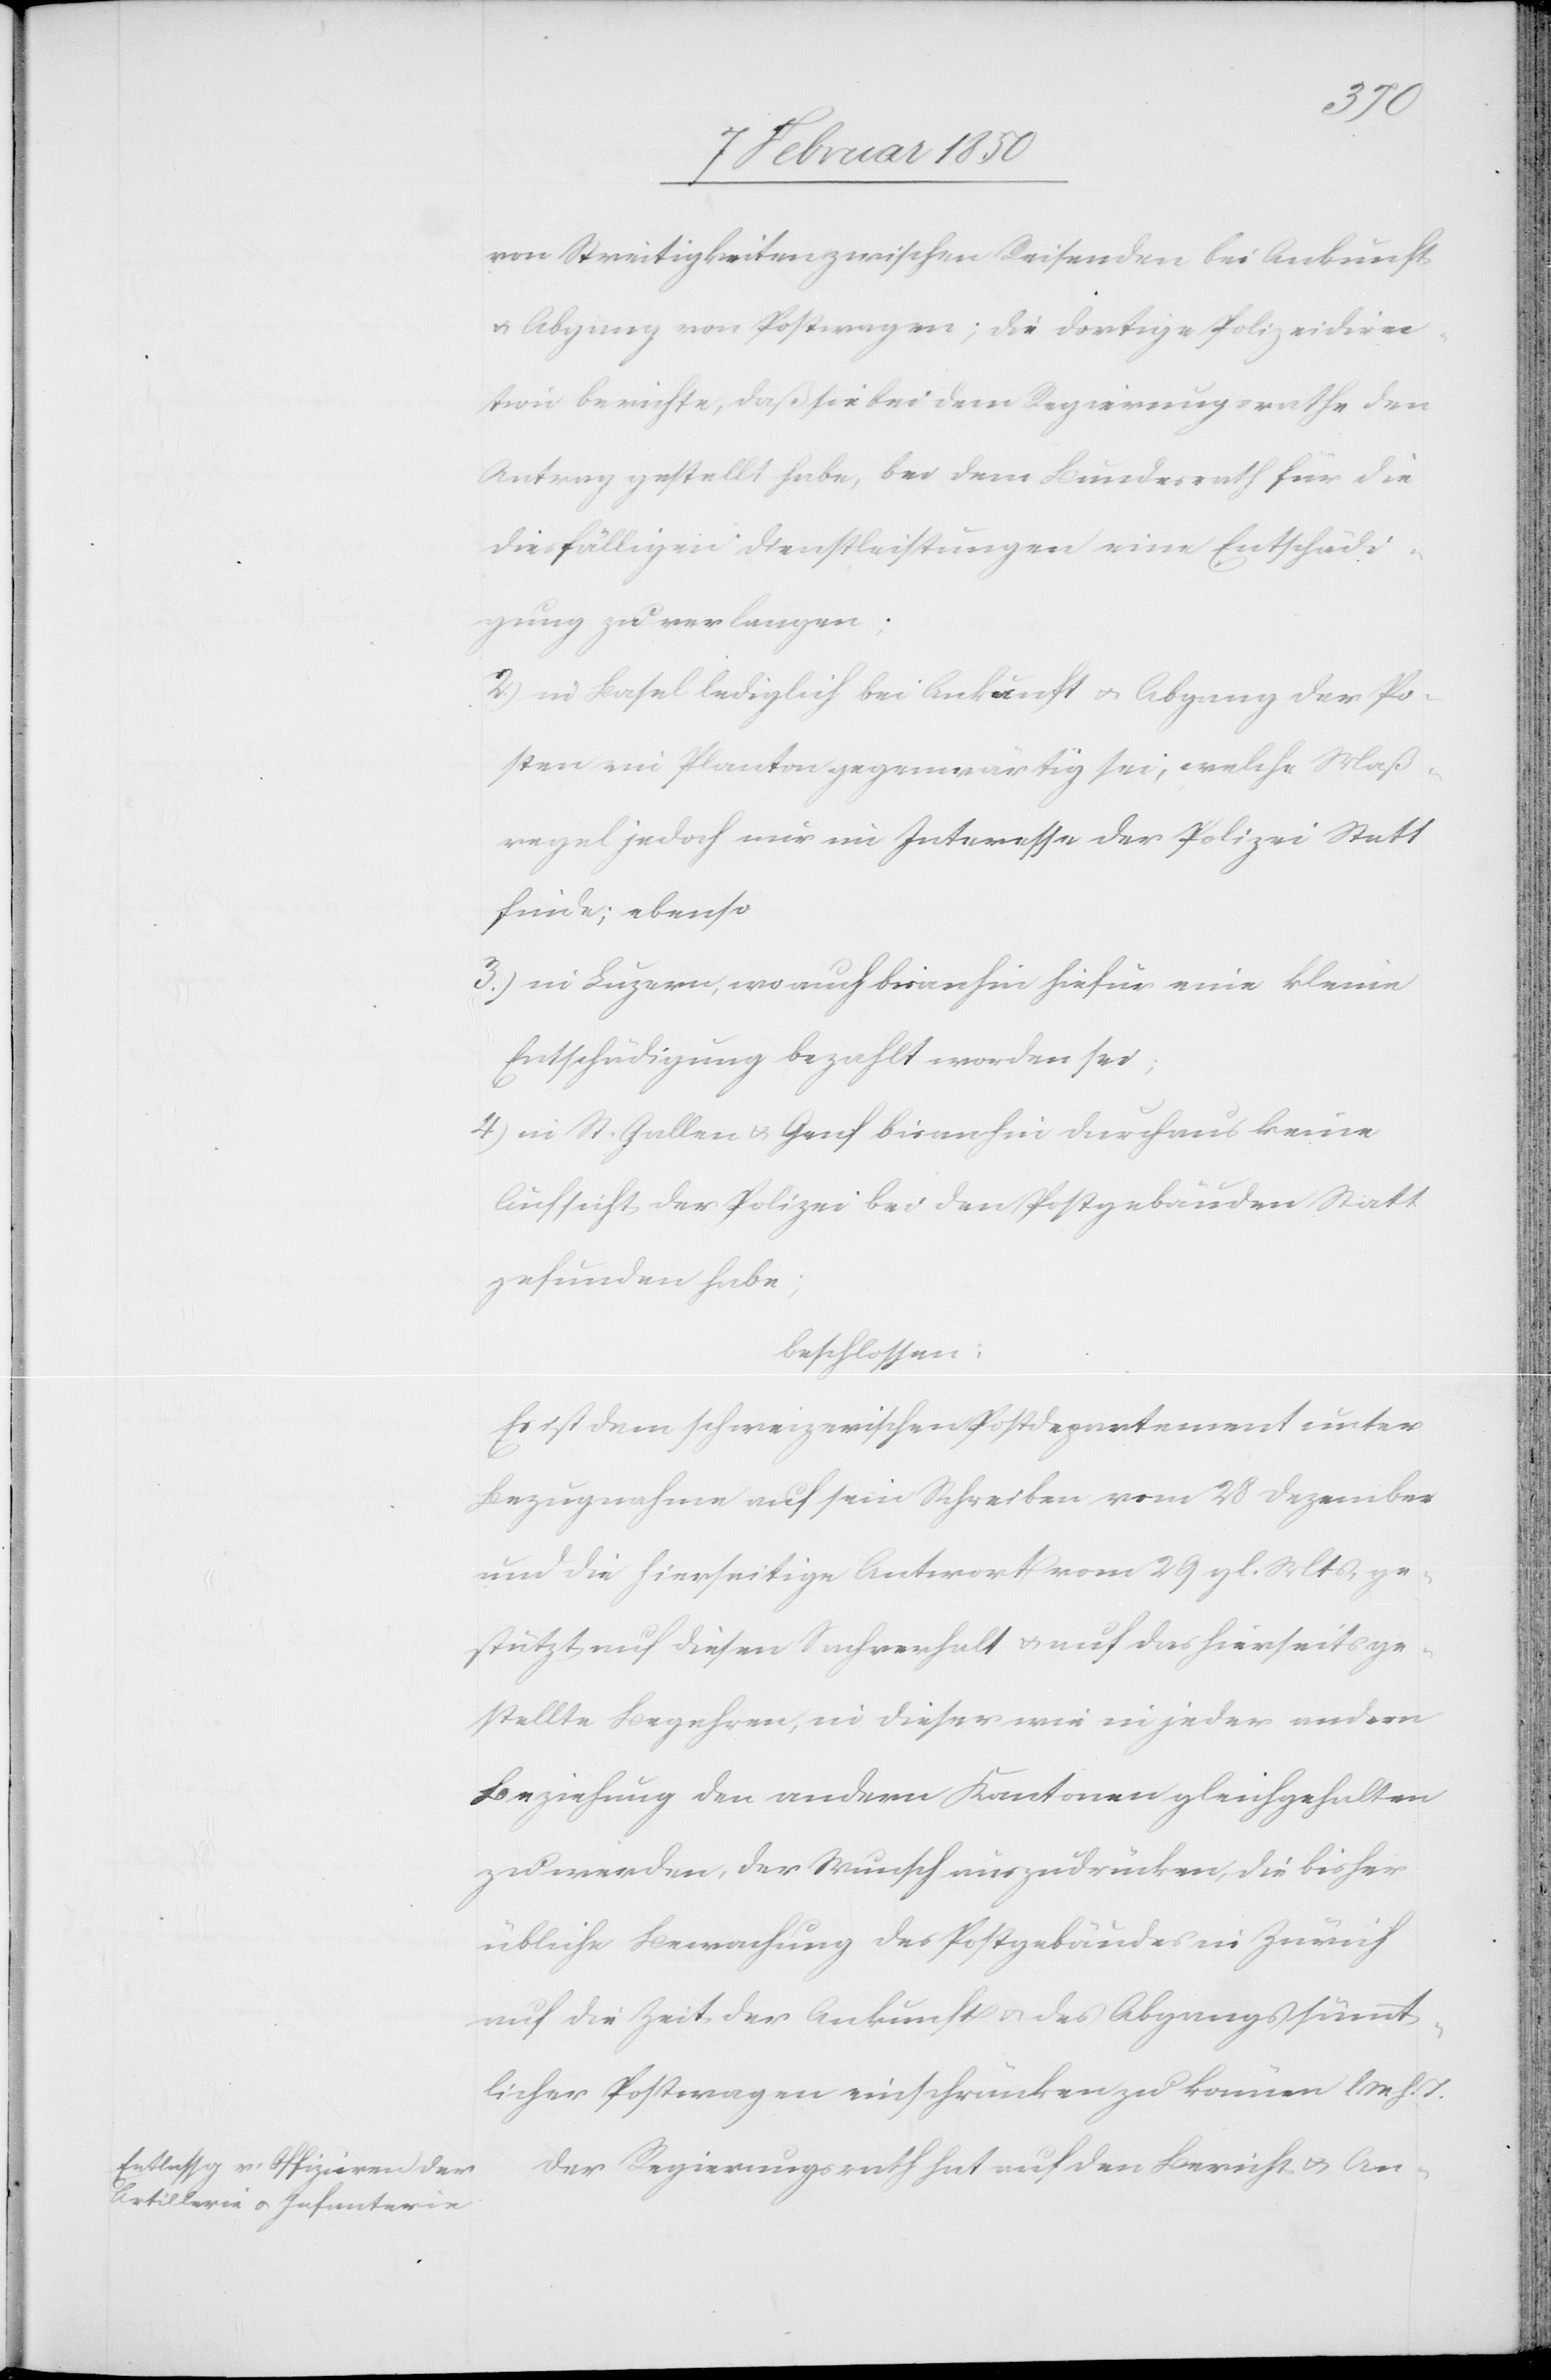
von Streitigkeiten zwischen Reisenden bei Ankunft
u. Abgang von Postwagen; die dortige Polizeidirec¬
tion berichte, daß sie bei dem Regierungsrathe den
Antrag gestellt habe, bei dem Bundesrath für die
diesfälligen Dienstleistungen eine Entschädi¬
gung zu verlangen;
2.) in Basel lediglich bei Ankunft u. Abgang der Po¬
sten ein Planton gegenwärtig sei, welche Maß¬
regel jedoch nur im Interesse der Polizei Statt
finde; ebenso
3.) in Luzern, wo auch bisanhin hiefür eine kleine
Entschädigung bezahlt worden sei,
4) in St. Gallen u. Genf bisanhin durchaus keine
Aufsicht der Polizei bei den Postgebäuden Statt
gefunden habe;
beschlossen:
Es ist dem schweizerischen Postdepartement unter
Bezugnahme auf sein Schreiben vom 28 Dezember
und die hierseitige Antwort vom 29 gl. Mts. ge¬
stützt auf diesen Sachverhalt u. auf das hierseits ge¬
stellte Begehren, in dieser wie in jeder andern
Beziehung den andern Kantonen gleichgehalten
zu werden, der Wunsch auszudrücken, die bisher
übliche Bewachung des Postgebäudes in Zürich
auf die Zeit der Ankunft u. des Abgangs sämmt¬
licher Postwagen einschränken zu können l.
Der Regierungsrath hat auf den Bericht u. An-